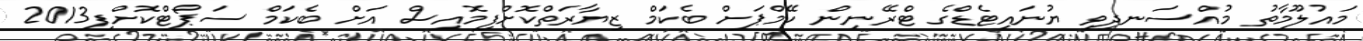
މައުލޫމާތު މުއްސަނދިވި ޔުނައިޓެޑްގެ ޓްރޭނިން ކޭމްޕަށް ބެކަމް ޒިޔާރަތްކޮށްފިމޮއިސް އަށް ބެކަމް ސަޕޯޓްކޮށްފި2013